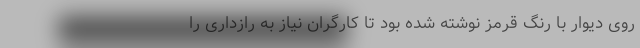
روی دیوار با رنگ قرمز نوشته شده بود تا کارگران نیاز به رازداری را